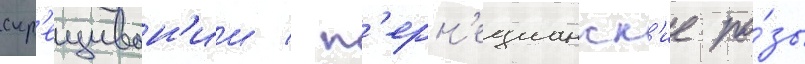
скр'ещиван'ии / п'ерн'ецианск'ие ро́зы